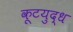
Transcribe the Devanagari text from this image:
कूटयुद्ध